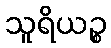
သူရိယဉ္စ